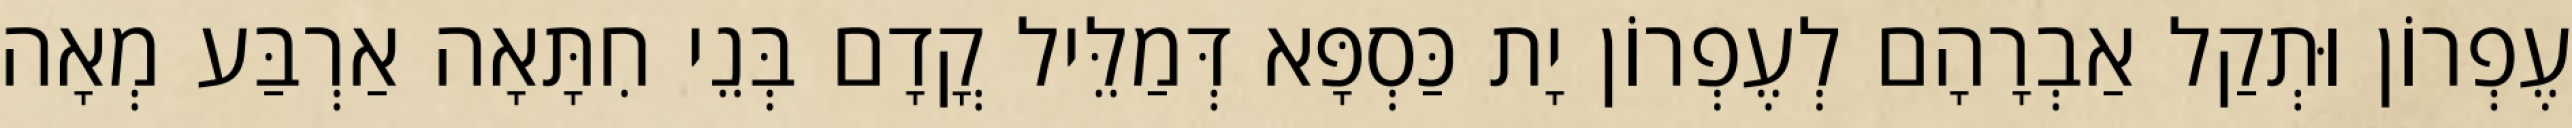
עֶפְרוֹן וּתְקַל אַבְרָהָם לְעֶפְרוֹן יָת כַּסְפָּא דְּמַלֵּיל קֳדָם בְּנֵי חִתָּאָה אַרְבַּע מְאָה